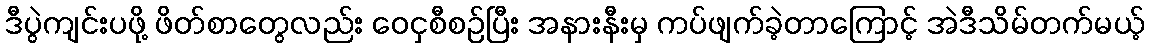
ဒီပွဲကျင်းပဖို့ ဖိတ်စာတွေလည်း ဝေငှစီစဉ်ပြီး အနားနီးမှ ကပ်ဖျက်ခဲ့တာကြောင့် အဲဒီသိမ်တက်မယ့်